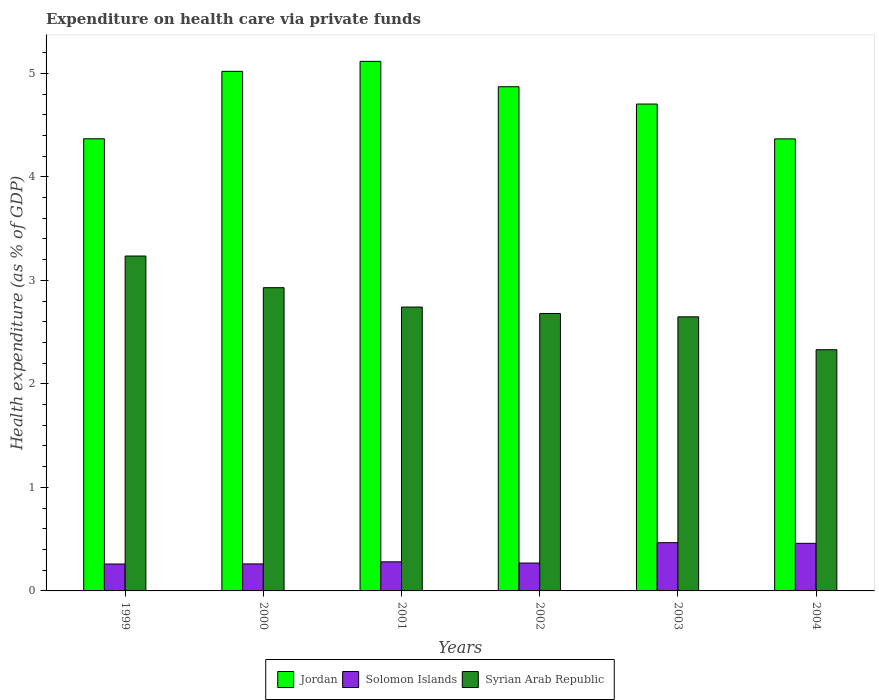
| Years | Jordan | Solomon Islands | Syrian Arab Republic |
 | --- | --- | --- | --- |
 | 1999 | 4.37 | 0.26 | 3.24 |
 | 2000 | 5.02 | 0.261 | 2.93 |
 | 2001 | 5.12 | 0.281 | 2.74 |
 | 2002 | 4.87 | 0.269 | 2.68 |
 | 2003 | 4.7 | 0.466 | 2.65 |
 | 2004 | 4.37 | 0.46 | 2.33 |